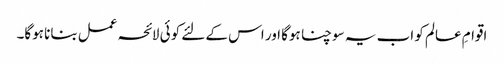
اقوامِ عالم کو اب یہ سوچنا ہوگا اور اس کے لئے کوئی لائحہ عمل بنانا ہوگا۔